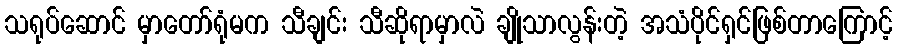
သရုပ်ဆောင် မှာတော်ရုံမက သီချင်း သီဆိုရာမှာလဲ ချိုသာလွန်းတဲ့ အသံပိုင်ရှင်ဖြစ်တာကြောင့်